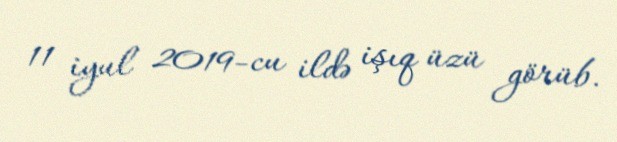
11 iyul 2019-cu ildə işıq üzü görüb.